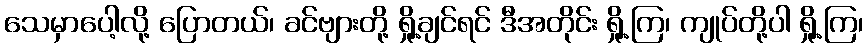
သေမှာပေါ့လို့ ပြောတယ်၊ ခင်ဗျားတို့ ရှို့ချင်ရင် ဒီအတိုင်း ရှို့ကြ၊ ကျုပ်တို့ပါ ရှို့ကြ၊